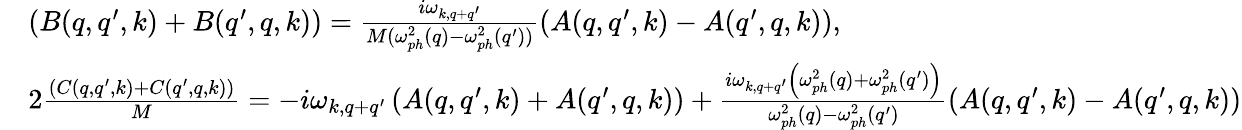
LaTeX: \begin{array}{rl}&{(B(q,q^{\prime},k)+B(q^{\prime},q,k))=\frac{i\omega_{k,q+q^{\prime}}}{M(\omega_{ph}^{2}(q)-\omega_{ph}^{2}(q^{\prime}))}\left(A(q,q^{\prime},k)-A(q^{\prime},q,k)\right),}\\ &{2\frac{(C(q,q^{\prime},k)+C(q^{\prime},q,k))}{M}=-i\omega_{k,q+q^{\prime}}\left(A(q,q^{\prime},k)+A(q^{\prime},q,k)\right)+\frac{i\omega_{k,q+q^{\prime}}\left(\omega_{ph}^{2}(q)+\omega_{ph}^{2}(q^{\prime})\right)}{\omega_{ph}^{2}(q)-\omega_{ph}^{2}(q^{\prime})}\left(A(q,q^{\prime},k)-A(q^{\prime},q,k)\right)}\end{array}